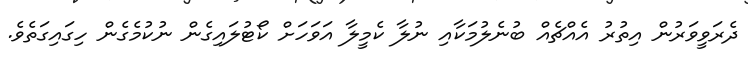
ދެރަވީވަރުން އިތުރު އެއްޗެއް ބުނެލުމަކާއި ނުލާ ކެމީލާ އަވަހަށް ކޯޓުލައިގެން ނުކުމެގެން ހިގައިގަތެވެ.